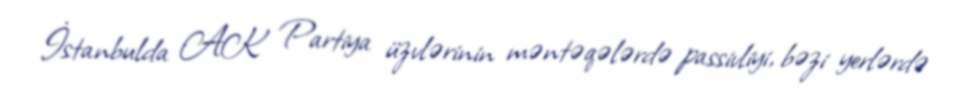
İstanbulda AK Partiya üzvlərinin məntəqələrdə passivliyi, bəzi yerlərdə